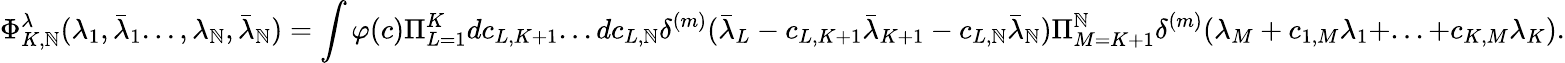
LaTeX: \Phi_{K,\mathbb{N}}^{\lambda}(\lambda_{1},\bar{{\lambda}}_{1}...,\lambda_{\mathbb{N}},\bar{{\lambda}}_{\mathbb{N}})=\int\varphi(c)\Pi_{L=1}^{K}dc_{L,K+1}...dc_{L,\mathbb{N}}\delta^{(m)}(\bar{{\lambda}}_{L}-c_{L,K+1}\bar{{\lambda}}_{K+1}-c_{L,\mathbb{N}}\bar{{\lambda}}_{\mathbb{N}})\Pi_{M=K+1}^{\mathbb{N}}\delta^{(m)}(\lambda_{M}+c_{1,M}\lambda_{1}+...+c_{K,M}\lambda_{K}).